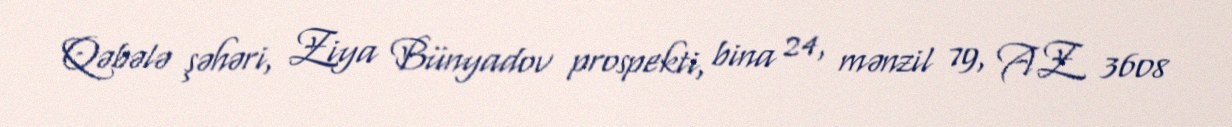
Qəbələ şəhəri, Ziya Bünyadov prospekti, bina 24, mənzil 79, AZ 3608